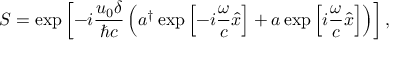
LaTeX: S = \exp \left[ - i \frac { u _ { 0 } \delta } { \hbar c } \left( a ^ { \dagger } \exp \left[ - i \frac { \omega } { c } \widehat { x } \right] + a \exp \left[ i \frac { \omega } { c } \widehat { x } \right] \right) \right] ,